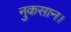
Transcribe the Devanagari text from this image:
नुकसान।